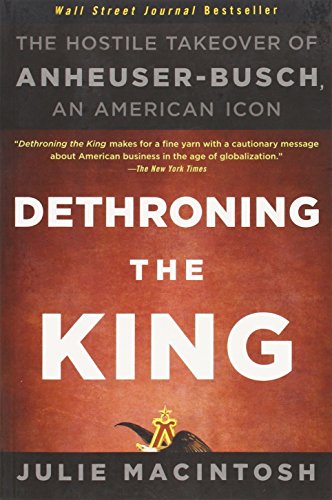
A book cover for Dethroning the King: The Hostile Takeover of Anheuser-Busch, an American Icon; Julie MacIntosh; Cookbooks, Food & Wine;